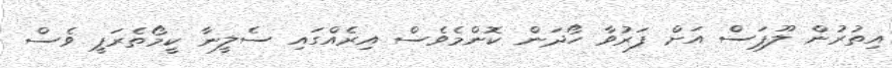
އިތުރުން ލޫޕަސް އަށް ފަރުވާ ހޯދަން ކޮންމެވެސް އިރެއްގައި ސެލީނާ ކީމޯތެރަޕީ ވެސް